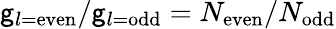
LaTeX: \mathsf{g}_{l=\mathrm{{even}}}/\mathsf{g}_{l=\mathrm{{odd}}}=N_{\mathrm{{even}}}/N_{\mathrm{{odd}}}